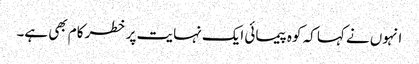
انہوں نے کہا کہ کوہ پیمائی ایک نہایت پر خطر کام بھی ہے۔